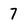
Character: 7